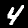
Digit: 4